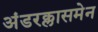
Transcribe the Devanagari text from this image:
अंडरक्लासमेन